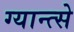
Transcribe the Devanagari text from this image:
ग्यान्त्से